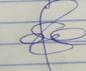
Signature authenticity: genuine